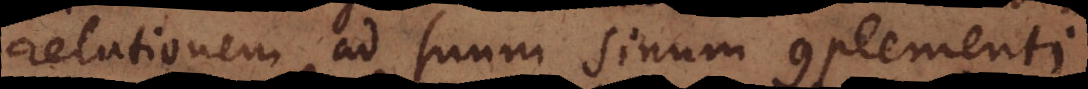
relationem ad suum sinum complementi